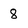
Character: 8